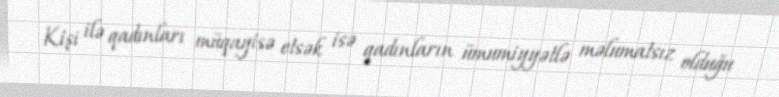
Kişi ilə qadınları müqayisə etsək isə qadınların ümumiyyətlə məlumatsız olduğu